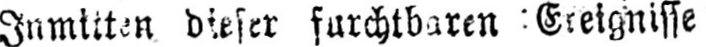
Inmitten dieser furchtbaren Ereignisse